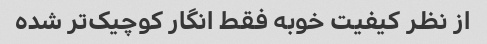
از نظر کیفیت خوبه فقط انگار کوچیک‌تر شده